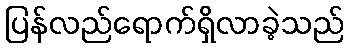
ပြန်လည်ရောက်ရှိလာခဲ့သည်